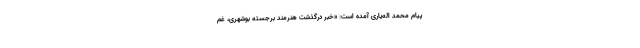
پیام محمد اله‌یاری آمده است: «خبر درگذشت هنرمند برجسته بوشهری، غم